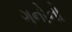
ગનોનો